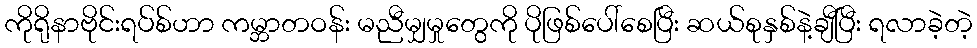
ကိုရိုနာဗိုင်းရပ်စ်ဟာ ကမ္ဘာတဝန်း မညီမျှမှုတွေကို ပိုဖြစ်ပေါ်စေပြီး ဆယ်စုနှစ်နဲ့ချီပြီး ရလာခဲ့တဲ့